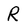
Character: R